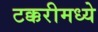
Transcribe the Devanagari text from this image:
टक्करीमध्ये